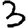
Digit: 3